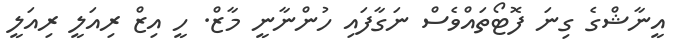
އީނާޝްގެ ގިނަ ފޮޓޯތައްވެސް ނަގާފައި ހުންނާނީ މާޒް. ހީ އިޒް ރިއަލީ ރިއަލީ